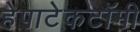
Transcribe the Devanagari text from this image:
हेपाटेकटॉमी